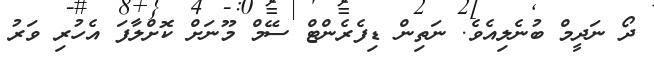
ދޯ ނަދީމް ބުނެލިއެވެ. ނަތިން ޑިފެރެންޓް ސޭމް މޫނަށް ކޮށްލާފަ އެހުރި ވަރު